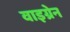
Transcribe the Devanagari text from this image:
वाइग्रेन